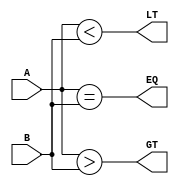
module comparator (
    input wire [3:0] A,
    input wire [3:0] B,
    output wire EQ,
    output wire LT,
    output wire GT
);

    assign EQ = (A == B);
    assign LT = (A < B);
    assign GT = (A > B);

endmodule